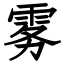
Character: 雾